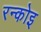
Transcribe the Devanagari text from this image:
रन्कोइ